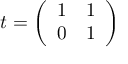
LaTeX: t = \left( \begin{array} { c c } { { 1 } } & { { 1 } } \\ { { 0 } } & { { 1 } } \end{array} \right)